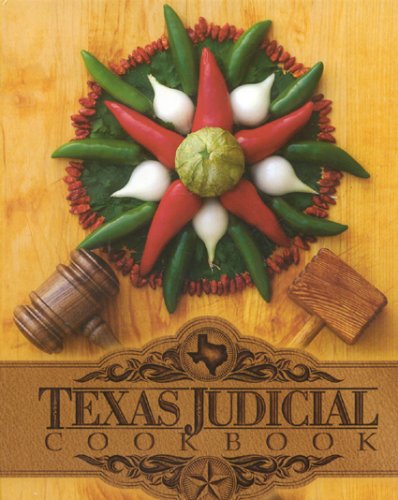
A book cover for Texas Judicial Cookbook; Cookbooks, Food & Wine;